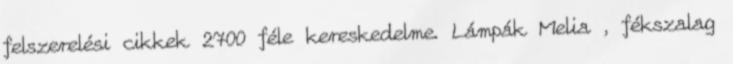
felszerelési cikkek 2700 féle kereskedelme. Lámpák Melia , fékszalag